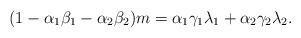
LaTeX: \begin{align*}(1 - \alpha_1 \beta_1 - \alpha_2 \beta_2) m = \alpha_1 \gamma_1 \lambda_1 + \alpha_2 \gamma_2 \lambda_2.\end{align*}